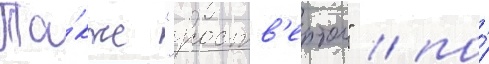
Та́кже "роств'ертол" / по́